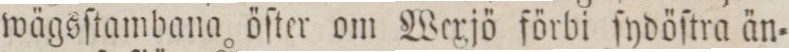
wägsſtambana öſter om Wexjö förbi ſydöſtra än=